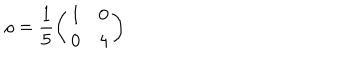
\rho = \frac { 1 } { 5 } \left( \begin{array} { c c } { { 1 } } & { { 0 } } \\ { { 0 } } & { { 4 } } \\ \end{array} \right)